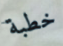
خطبة